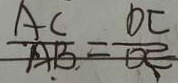
\frac { A C } { A B } = \frac { D C } { D E }